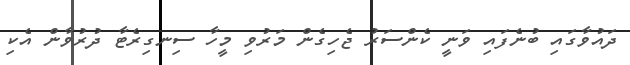
ދައުވާގައި ބުނެފައި ވަނީ ކެންސަރު ޖެހިގެން މަރުވި މީހާ ސިނގިރެޓާ ދުރުވާން އެކި